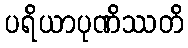
ပရိယာပုဏိဿတိ